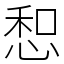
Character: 惒